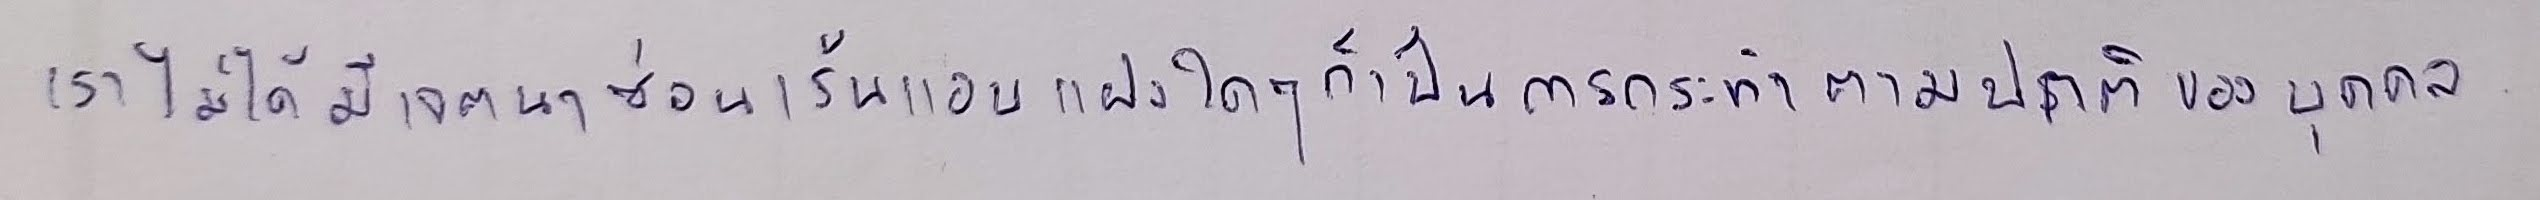
เราไม่ได้มีเจตนาซ่อนเร้นแอบแฝงใดๆก็เป็นการกระทำตามปกติของบุคคล